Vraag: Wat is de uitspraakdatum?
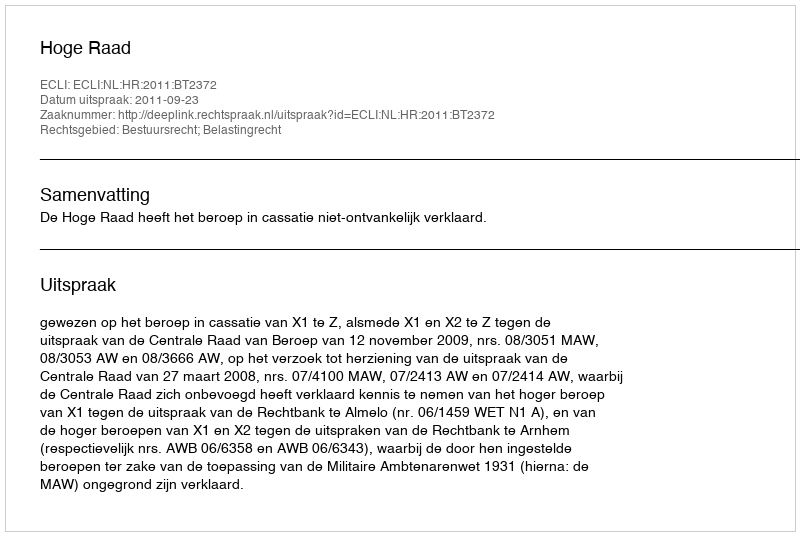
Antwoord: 2011-09-23